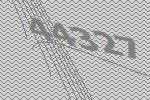
44327